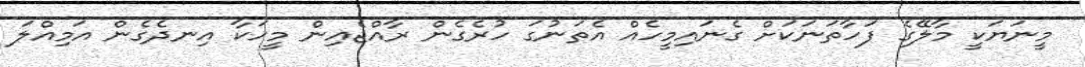
މީނަޔަކީ މާލޭގެ ފަހާތަނަކަށް ގެނައިމީހެއް އެތަނުގަ ހުރެގެން ރާއްޖެއިން މީހަކާ އިނދެގެން އަމިއްލަ